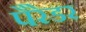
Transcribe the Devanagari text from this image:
पैरेडर